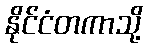
နိုင်ငံတကာသို့